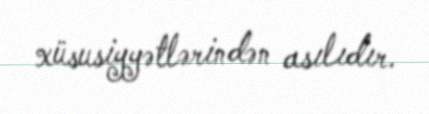
xüsusiyyətlərindən asılıdır.